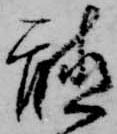
聴